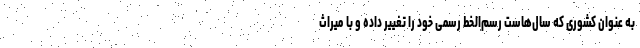
به عنوان کشوری که سال‌هاست رسم‌الخط رسمی خود را تغییر داده و با میراث